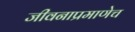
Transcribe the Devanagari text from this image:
जीवनाप्रमाणेच